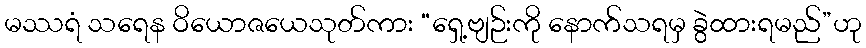
မဿရံ သရေန ဝိယောဇယေသုတ်ကား “ရှေ့ဗျဉ်းကို နောက်သရမှ ခွဲထားရမည်”ဟု